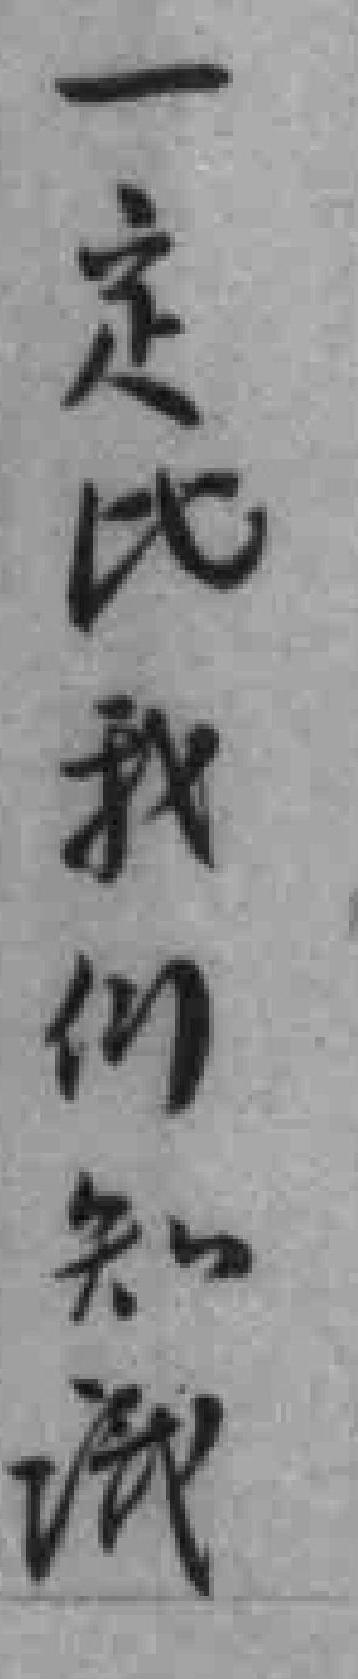
一定比我们知識